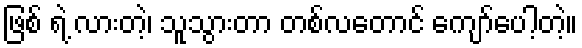
ဖြစ် ရဲ့ လားတဲ့၊ သူသွားတာ တစ်လတောင် ကျော်ပေါ့တဲ့။